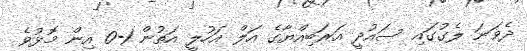
ދެވަނަ ލެގުގައި ސައުދީ އަރަބިއްޔާގެ އަލް އަހުލީ އަތުން 1-0 އިން މޮޅުވެ